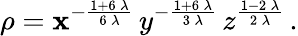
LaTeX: \rho={\mathbf{x}^{-\frac{{1+6\, \lambda}}{{6\, \lambda}}}\, y^{-\frac{{1+6\, \lambda}}{{3\, \lambda}}}\, z^{\frac{{1-2\, \lambda}}{{2\, \lambda}}}}\, .